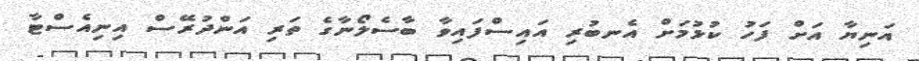
އަނިޔާ އަށް ފަހު ކުޅުމަށް އެނބުރި އައިސްފައިވާ ބާސެލޯނާގެ ތަރި އަންދުރޭސް އިނިއެސްޓާ